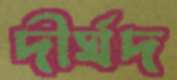
দীর্ঘদ